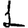
Digit: 1